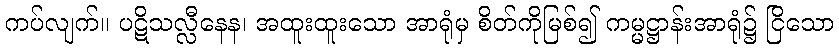
ကပ်လျက်။ ပဋိသလ္လီနေန၊ အထူးထူးသော အာရုံမှ စိတ်ကိုမြစ်၍ ကမ္မဋ္ဌာန်းအာရုံ၌ ငြိသော